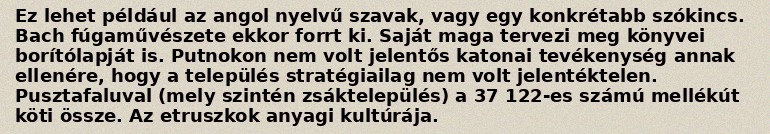
Ez lehet például az angol nyelvű szavak, vagy egy konkrétabb szókincs. Bach fúgaművészete ekkor forrt ki. Saját maga tervezi meg könyvei borítólapját is. Putnokon nem volt jelentős katonai tevékenység annak ellenére, hogy a település stratégiailag nem volt jelentéktelen. Pusztafaluval (mely szintén zsáktelepülés) a 37 122-es számú mellékút köti össze. Az etruszkok anyagi kultúrája.